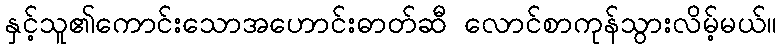
နှင့်သူ၏ကောင်းသောအဟောင်းဓာတ်ဆီ လောင်စာကုန်သွားလိမ့်မယ်။